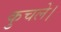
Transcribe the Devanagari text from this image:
कुचले।